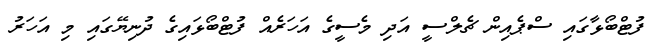
ފުޓްބޯޅާގައި ސްޕެއިން ޗެލްސީ އަދި މެސީގެ އަހަރެއް ފުޓްބޯޅައިގެ ދުނިޔޭގައި މި އަހަރު